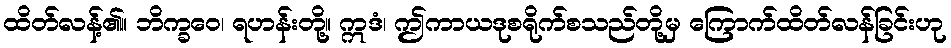
ထိတ်လန့်၏။ ဘိက္ခဝေ၊ ရဟန်းတို့။ ဣဒံ၊ ဤကာယဒုစရိုက်စသည်တို့မှ ကြောက်ထိတ်လန်ခြင်းဟု